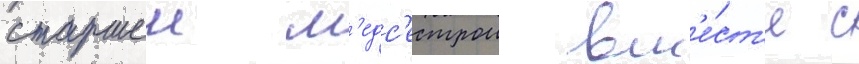
старшеи м'едс'естрои вм'е́ст'е с